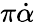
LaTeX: \pi\dot{\alpha}